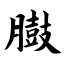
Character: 臌